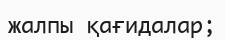
жалпы қағидалар;